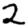
Digit: 2